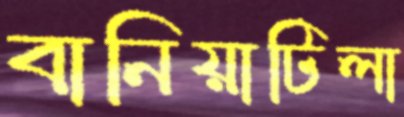
বানিয়াটিলা